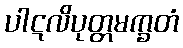
ပါဋလိပုတ္တမက္ခတံ